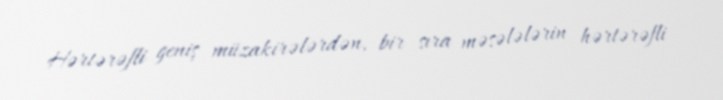
Hərtərəfli geniş müzakirələrdən, bir sıra məsələlərin hərtərəfli